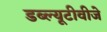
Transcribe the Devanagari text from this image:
डब्ल्यूटीवीजे